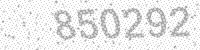
Solution: 850292